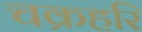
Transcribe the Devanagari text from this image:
चक्रहरि